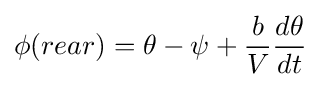
\phi (rear)=\theta -\psi +{\frac {b}{V}}{\frac {d\theta }{dt}}